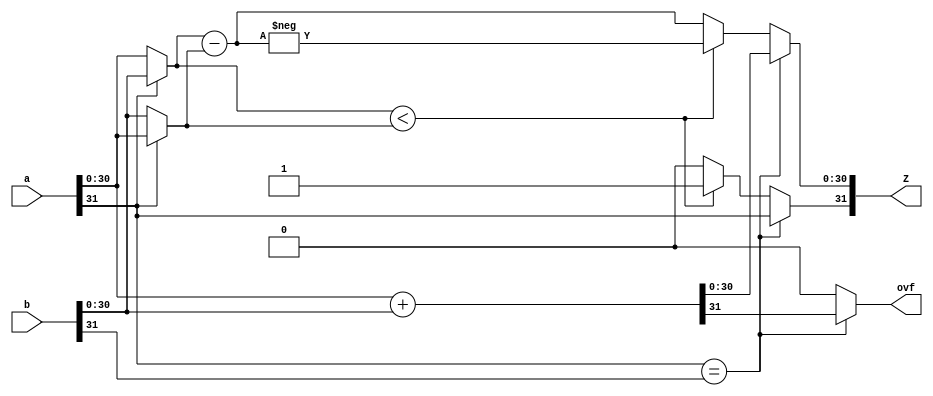
module Sumador(
	input wire [31:0] a,
	input wire [31:0] b,
	output reg [31:0] Z,
	output reg ovf
	);
	reg [31:0] a32 = 32'b0;
	reg [31:0] b32 = 32'b0;
	reg [31:0] ab = 32'b0;
	always @* begin
		if(a[31] == b[31]) begin
        	a32[30:0] = a[30:0];
        	b32[30:0] = b[30:0];
            ab = a32 + b32;
            Z[30:0] = ab[30:0];
            Z[31] = a[31];
            ovf = ab[31];
		end
		else begin
			a32[30:0] = (a[31]) ? a[30:0] : b[30:0];
        	b32[30:0] = (a[31]) ? b[30:0] : a[30:0];
            ab = b32 - a32;
            if(b32[30:0] < a32[30:0]) begin
                Z[30:0] = -ab[30:0];
                Z[31] = 1'b1;
            end
            else begin
                Z[30:0] = ab[30:0];
                Z[31] = 1'b0;
            end
            ovf = 1'b0;
        end
	end
endmodule